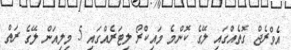
އެވްރެޖް ގޮތެއްގައި ލޭގެ ކޮންމެ މައިކްރޯ ލިޓަރެއްގައި 5 މިލިއަން ލޭގެ ރަތް